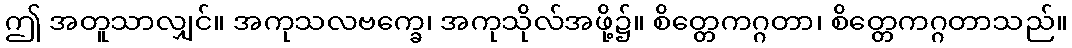
ဤ အတူသာလျှင်။ အကုသလဗက္ခေ၊ အကုသိုလ်အဖို့၌။ စိတ္တေကဂ္ဂတာ၊ စိတ္တေကဂ္ဂတာသည်။